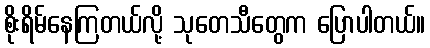
စိုးရိမ်နေကြတယ်လို့ သုတေသီတွေက ပြောပါတယ်။